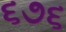
૬૭૬